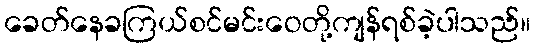
ခေတ်နေခကြယ်စင်မင်းဝေတို့ကျန်ရစ်ခဲ့ပါသည်။